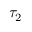
\tau _ { 2 }